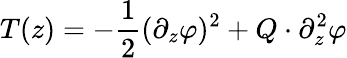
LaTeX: T(z)=-\frac 12(\partial_{z}\varphi)^{2}+Q\cdot\partial_{z}^{2}\varphi